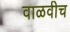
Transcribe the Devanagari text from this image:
वाळवीच